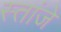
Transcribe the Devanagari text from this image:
स्तांजे